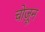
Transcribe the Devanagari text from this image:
चोज़ून